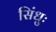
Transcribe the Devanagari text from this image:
सिंधुः